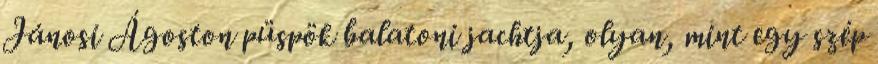
Jánosi Ágoston püspök balatoni jachtja, olyan, mint egy szép